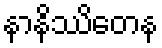
နာနိဿိတေန